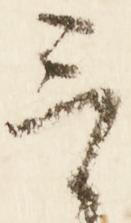
言